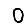
Digit: 0